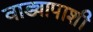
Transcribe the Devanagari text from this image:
वाड्यापाशी